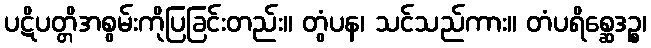
ပဋိပတ္တိအစွမ်းကိုပြခြင်းတည်း။ တွံပန၊ သင်သည်ကား။ တံပရိစ္ဆေဒဉ္စ၊